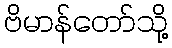
ဗိမာန်တော်သို့